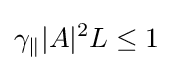
\gamma _{\|}|A|^{2}L\leq 1